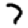
Digit: 7